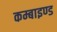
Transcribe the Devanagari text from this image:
कम्बाइण्ड